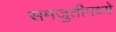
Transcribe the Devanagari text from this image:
समजुतीमध्ये